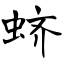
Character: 蛴